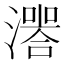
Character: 𤀅